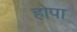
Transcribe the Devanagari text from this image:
होपा